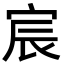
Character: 宸